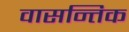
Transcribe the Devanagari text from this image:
वासन्तिक